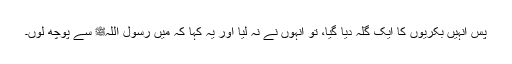
پس انہیں بکریوں کا ایک گلہ دیا گیا، تو انہوں نے نہ لیا اور یہ کہا کہ میں رسول اللہﷺ سے پوچھ لوں۔